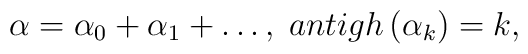
\alpha =\alpha _0+\alpha _1+\ldots ,\;antigh\left( \alpha_k\right) =k,